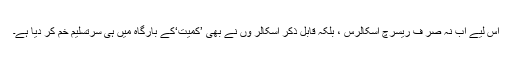
اس لیے اب نہ صر ف ریسرچ اسکالرس ، بلکہ قابل ذکر اسکالر وں نے بھی ’کمّیت‘کے بارگاہ میں ہی سرتسلیم خم کر دیا ہے۔